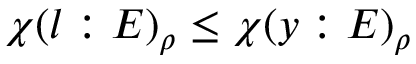
\chi ( l : E ) _ { \rho } \leq \chi ( y : E ) _ { \rho }